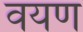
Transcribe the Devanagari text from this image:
वयण